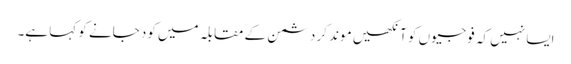
ایسا نہیں کہ فوجیوں کو آنکھیں موند کر دشمن کے مقابلہ میں کود جانے کو کہا ہے۔